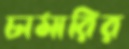
চামারির